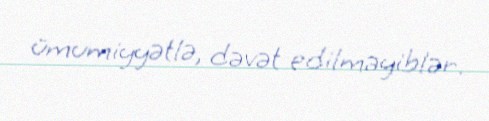
ümumiyyətlə, dəvət edilməyiblər.